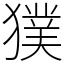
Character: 獛